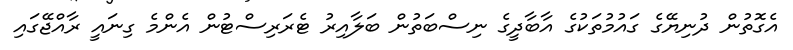
އެގޮތުން ދުނިޔޭގެ ގައުމުތަކުގެ އާބާދީގެ ނިސްބަތުން ބަލާއިރު ޓެރަރިސްޓުން އެންމެ ގިނައީ ރާއްޖޭގައި